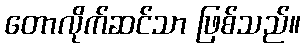
တောလိုက်ဆင်သာ ဖြစ်သည်။